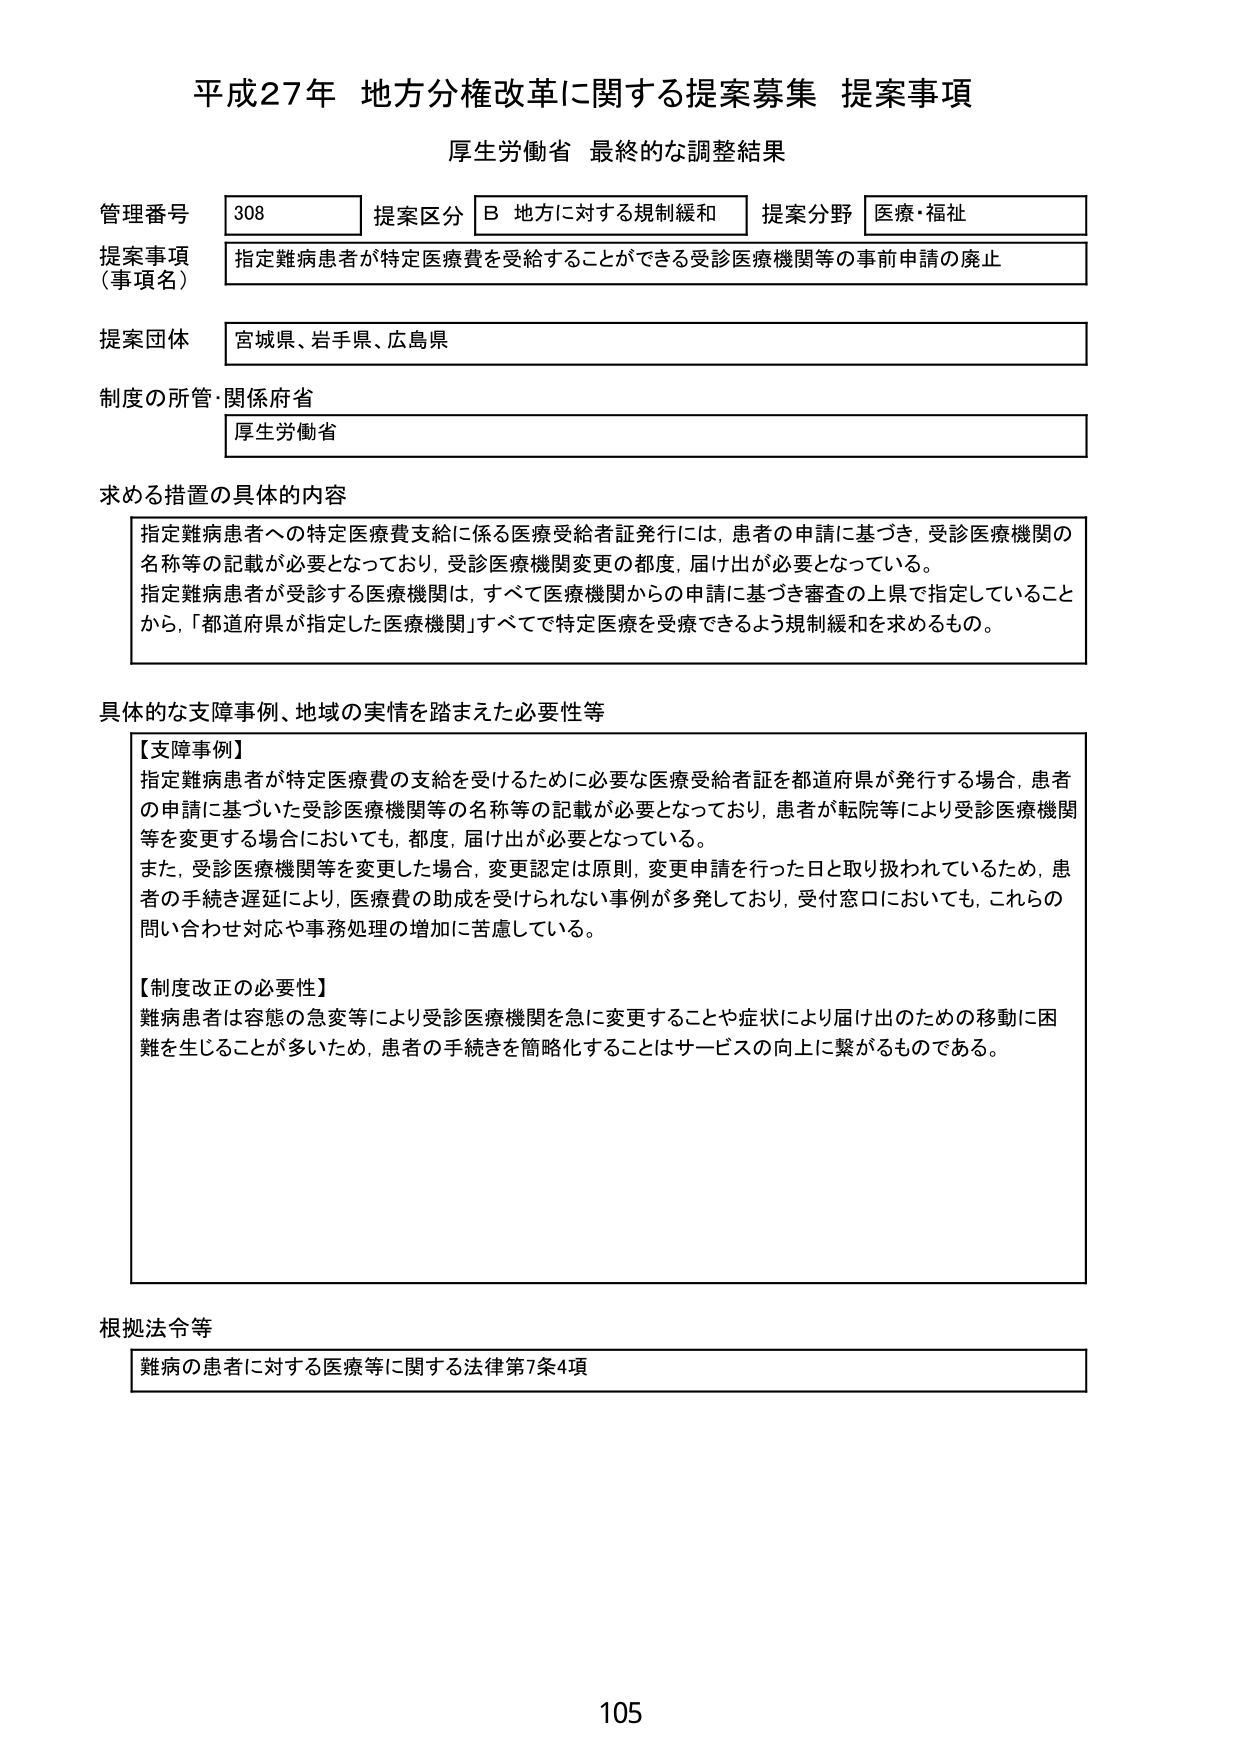
平成27年 地方分権改革に関する提案募集 提案事項
厚生労働省 最終的な調整結果

管理番号 308
提案区分 B 地方に対する規制緩和
提案分野 医療・福祉

提案事項（事項名）
指定難病患者が特定医療費を受給することができる受診医療機関等の事前申請の廃止

提案団体
宮城県、岩手県、広島県

制度の所管・関係府省
厚生労働省

求める措置の具体的な内容
指定難病患者への特定医療費支給に係る医療受給者証発行には、患者の申請に基づき、受診医療機関の名称等の記載が必要となっており、受診医療機関変更の都度、届け出が必要となっている。
指定難病患者が受診する医療機関は、すべて医療機関からの申請に基づき審査の上県で指定していることから、「都道府県が指定した医療機関」すべてで特定医療を受療できるよう規制緩和を求めるもの。

具体的な支障事例、地域の実情を踏まえた必要性等
【支障事例】
指定難病患者が特定医療費の支給を受けるために必要な医療受給者証を都道府県が発行する場合、患者の申請に基づいた受診医療機関等の名称等の記載が必要となっており、患者が転院等により受診医療機関等を変更する場合においても、都度、届け出が必要となっている。
また、受診医療機関等を変更した場合、変更認定は原則、変更申請を行った日と取り扱われているため、患者の手続き遅延により、医療費の助成を受けられない事例が多発しており、受付窓口においても、これらの問い合わせ対応や事務処理の増加に苦慮している。

【制度改正の必要性】
難病患者は容態の急変等により受診医療機関を急に変更することや症状により届け出のための移動に困難を生じることが多いため、患者の手続きを簡略化することはサービスの向上に繋がるものである。

根拠法令等
難病の患者に対する医療等に関する法律第7条4項

105